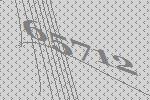
65712